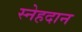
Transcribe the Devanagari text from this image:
स्नेहदान